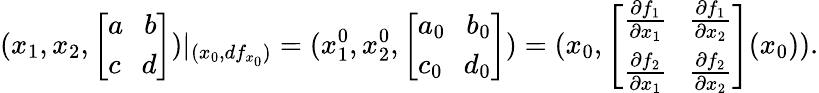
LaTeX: (x_{1},x_{2},\left[\begin{array}{r}{a\ \ \ b}\\ {c\ \ \ d}\end{array}\right])|_{({x_{0}},df_{x_{0}})}=(x_{1}^{0},x_{2}^{0},\left[\begin{array}{r}{a_{0}\ \ \ b_{0}}\\ {c_{0}\ \ \ d_{0}}\end{array}\right])=({x_{0}},\left[\begin{array}{r}{\frac{\partial f_{1}}{\partial x_{1}}\ \ \ \frac{\partial f_{1}}{\partial x_{2}}}\\ {\frac{\partial f_{2}}{\partial x_{1}}\ \ \ \frac{\partial f_{2}}{\partial x_{2}}}\end{array}\right]({x_{0}})).